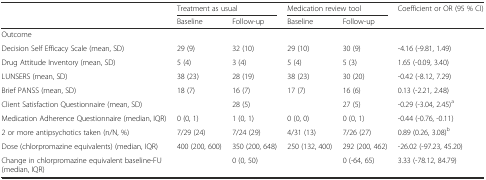
<table><thead><tr><td></td><td colspan="2"><b>Treatment as usual</b></td><td colspan="2"><b>Medication review tool</b></td><td><b>Coefficient or OR (95 % CI)</b></td></tr><tr><td></td><td><b>Baseline</b></td><td><b>Follow-up</b></td><td><b>Baseline</b></td><td><b>Follow-up</b></td><td></td></tr></thead><tbody><tr><td>Outcome</td><td></td><td></td><td></td><td></td><td></td></tr><tr><td>Decision Self Efficacy Scale (mean, SD)</td><td>29 (9)</td><td>32 (10)</td><td>29 (10)</td><td>30 (9)</td><td>-4.16 (-9.81, 1.49)</td></tr><tr><td>Drug Attitude Inventory (mean, SD)</td><td>5 (4)</td><td>3 (4)</td><td>5 (4)</td><td>5 (3)</td><td>1.65 (-0.09, 3.40)</td></tr><tr><td>LUNSERS (mean, SD)</td><td>38 (23)</td><td>28 (19)</td><td>38 (23)</td><td>30 (20)</td><td>-0.42 (-8.12, 7.29)</td></tr><tr><td>Brief PANSS (mean, SD)</td><td>18 (7)</td><td>16 (7)</td><td>17 (7)</td><td>16 (6)</td><td>0.13 (-2.21, 2.48)</td></tr><tr><td>Client Satisfaction Questionnaire (mean, SD)</td><td></td><td>28 (5)</td><td></td><td>27 (5)</td><td>-0.29 (-3.04, 2.45)<sup>a</sup></td></tr><tr><td>Medication Adherence Questionnaire (median, IQR)</td><td>0 (0, 1)</td><td>1 (0, 1)</td><td>0 (0, 0)</td><td>0 (0, 1)</td><td>-0.44 (-0.76, -0.11)</td></tr><tr><td>2 or more antipsychotics taken (n/N, %)</td><td>7/29 (24)</td><td>7/24 (29)</td><td>4/31 (13)</td><td>7/26 (27)</td><td>0.89 (0.26, 3.08)<sup>b</sup></td></tr><tr><td>Dose (chlorpromazine equivalents) (median, IQR)</td><td>400 (200, 600)</td><td>350 (200, 648)</td><td>250 (132, 400)</td><td>292 (200, 462)</td><td>-26.02 (-97.23, 45.20)</td></tr><tr><td>Change in chlorpromazine equivalent baseline-FU (median, IQR)</td><td></td><td>0 (0, 50)</td><td></td><td>0 (-64, 65)</td><td>3.33 (-78.12, 84.79)</td></tr></tbody></table>